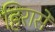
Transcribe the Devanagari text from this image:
हिरासे